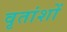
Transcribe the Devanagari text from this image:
वृतांशों